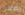
معي